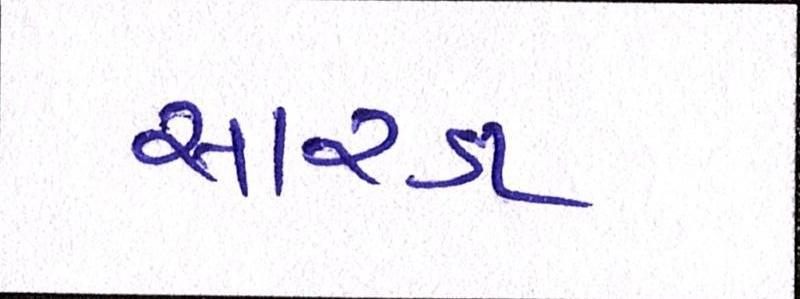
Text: સારડા